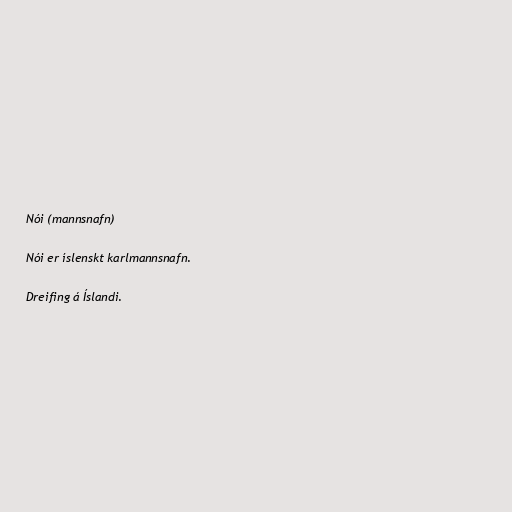
Nói (mannsnafn)

Nói er íslenskt karlmannsnafn.

Dreifing á Íslandi.